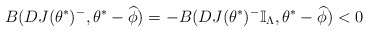
\begin{align*}B(DJ(\theta^{\ast})^-,\theta^{\ast}-\widehat{\phi}) = -B(DJ(\theta^{\ast})^-\mathbb{I}_{\Lambda},\theta^{\ast}-\widehat{\phi}) < 0\end{align*}